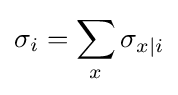
\sigma _{i}=\sum _{x}\sigma _{x|i}